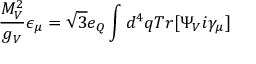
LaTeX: \frac { M _ { V } ^ { 2 } } { g _ { V } } \epsilon _ { \mu } = \sqrt { 3 } e _ { Q } \int d ^ { 4 } q T r [ \Psi _ { V } i \gamma _ { \mu } ]